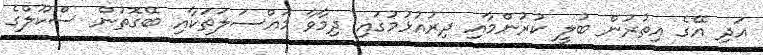
އަދި އޭގެ އިތުރުން ބުލީ ކުރުންމާއި ދިރުއުޅުމުގައި ދިމާވާ މައްސަލަތަކާއި ބޭގޮތުން ސްކޫލްގެ